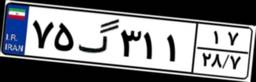
۷۵گ۳۱۱۱۷